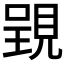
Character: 𧡈